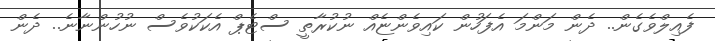
ފެއިލްވެގެން.. ދެން މަންމަ އެފަހުން ކައިވެންޏެއް ނުކުރާތީ ސްޓެޕް އެކަކުވެސް ނުހުންނާނެ.. ދެން